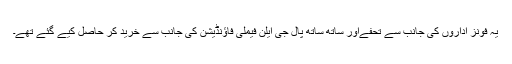
یہ فونز اداروں کی جانب سے تحفےاور ساتھ ساتھ پال جی ایلن فیملی فاؤنڈیشن کی جانب سے خرید کر حاصل کیے گئے تھے۔